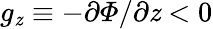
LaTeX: g_{\mathit{z}}\equiv-\partial\varPhi/\partial\mathit{z}<0